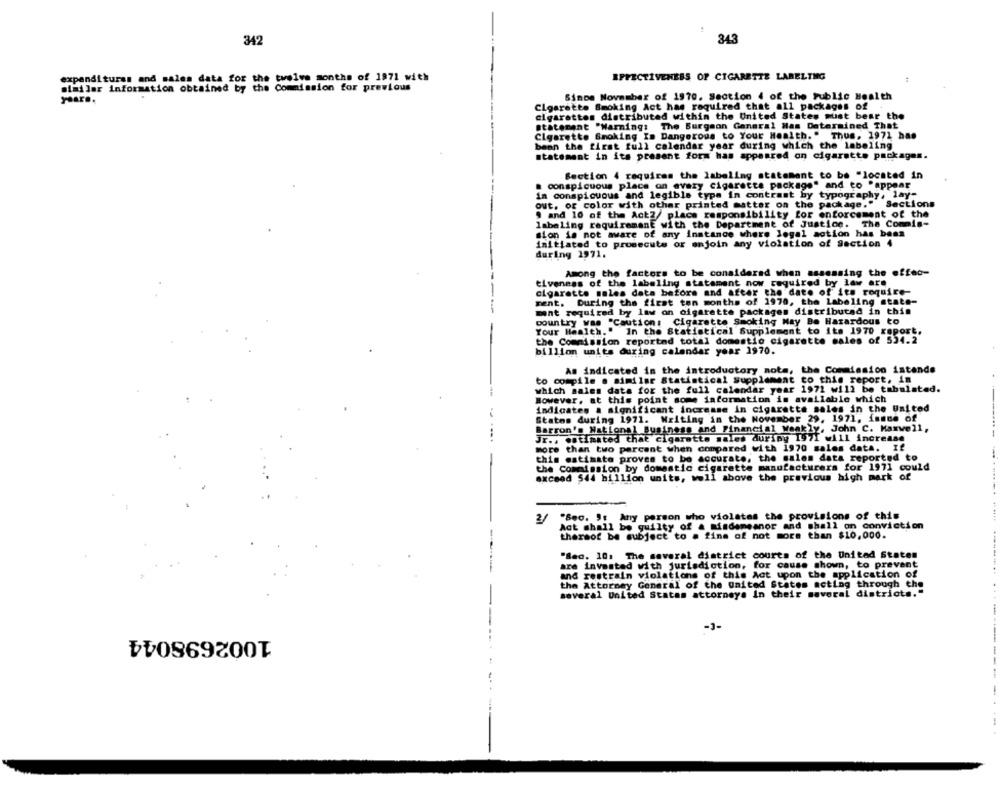
342
343
expenditures and sales data for the twelve months of 1971 with
EFFECTIVENESS OF CIGARETTE LABELING
..
similar information obtained by the Commission for previous
Since November of 1970. Section 4 of the Public Health
Closrette Smoking Act has required that all packages of
cigarettes distributed within the United States must bear the
Statement "Warning: The Burgeon General Ham Determined That
Cigarette Smoking Is Dangerous to Your Health." Thus, 1972 has
beon the first full calendar year during which the labeling
statement in its present form has appeared on cigarette packages.
Section 4 requires the labeling statement to be "located in
a conspicuous place on every cigarette package" and co "appear
in conspicuous and legible type in contrast by typography, lay-
out, of color with other printed matter on the package." Sections
9 and 10 of the Act2/ place responsibility for enforcement of the
labeling requiremanE with the Department of Justice. The Commis-
sion is not aware of any instance where legal action has been
initiated to prosecute or anjoin any violation of Section 4
during 1971.
Among the factors to be considered when assessing the effec-
tiveness of the labeling statement now required by law are
cigarette sales data before and after the date of its require-
ment. During the first ten months of 1970, the labeling state-
mnt required by law on cigarette packages distributed in this
country was "Caution: Cigarette Smoking May Be Hazardous to
Your Health." In the Statistical Supplement to its 1970 report.
the Commission reportnd total domestic cigarette sales of 524.2
billion units during calendar year 1970.
As indicated in the introductory nota, the Commission intende
to compile o similar Statistical supplement to this report, in
which sales data for the full calendar year 1971 will be tabulated.
However, at this point some information is available which
indicates a significant increase in cigarette sales in the United
States during 1971. Writing in the November 29, 1971, inmue of
Barron's National Business and Financial Weakly, John C. Maxwell,
---.
Jr ., estimated that cigarette sales during 1971 will increase
more than two percent when compared with 1970 sales data. If
this estimate proves to be accurate, the salem data reported to
the Commission by domestic cigarette manufacturers for 1971 could
exceed $44 billion units, woll above the previous high mark of
2/
"Seo. It Any person who violates the provisions of this
Act shall be guilty of a misdemeanor and shall on conviction
thereof be subject to . fins of not more than $10,000.
"Seo. 10: The several district courts of the United States
are invested with jurisdiction, for cause shown, to prevent
and restrain violations of this Act upon the application of
the Attorney General of the united States acting through the
several United States attorneys In their several districts."
-J-
1002698044